Causation and prevention of malarial fevers: a statement of the results of researches drawn up for the use of assistant surgeons, hospital assistants and students
Disease focus: Malaria
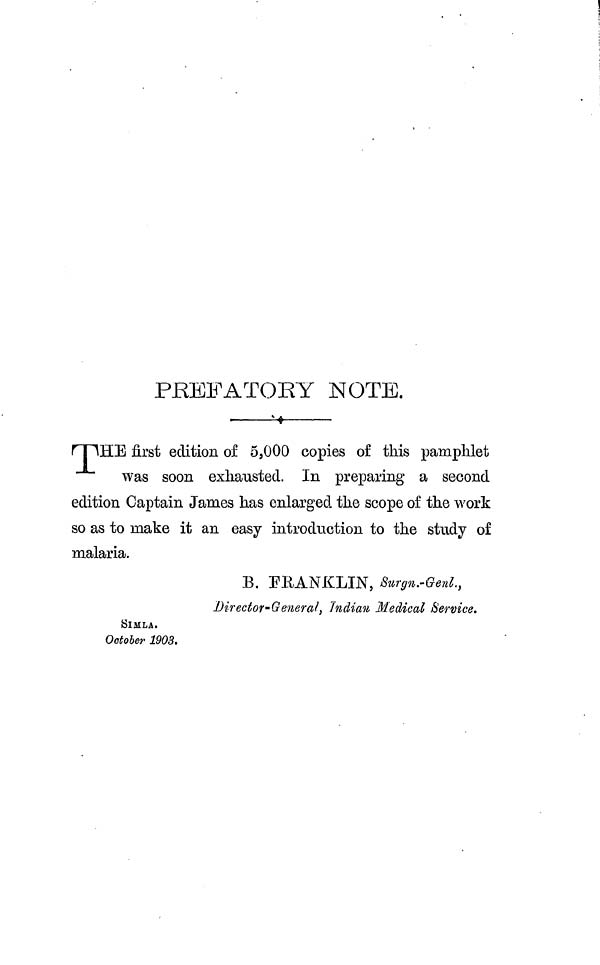
PREFATORY NOTE.
THE first edition of 5,000 copies of this pamphlet
was soon exhausted. In preparing a second
edition Captain James has enlarged the scope of the work
so as to make it an easy introduction to the study of
malaria.
B. FRANKLIN, Surgn.-Genl.,
Director-General, Indian Medical /Service.
SIMLA.
October 1903.